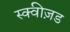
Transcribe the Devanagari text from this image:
स्क्वीज़ड